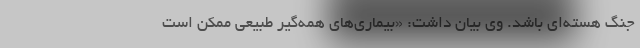
جنگ هسته‌ای باشد. وی بیان داشت: «بیماری‌های همه‌گیر طبیعی ممکن است